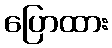
ပြောထား